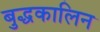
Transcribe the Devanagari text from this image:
बुद्धकालिन